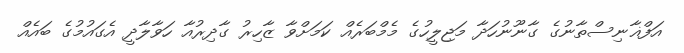
އަފްޣާނިސްތާނުގެ ގާނޫނުހަދާ މަޖިލީހުގެ މެމްބަރެއް ކަމަށްވާ ޒާހިރު ގާދިރުއާ ހަވާލާދީ އެގައުމުގެ ބައެއް